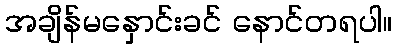
အချိန်မနှောင်းခင် နောင်တရပါ။